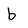
Character: b